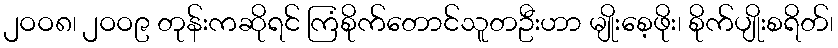
၂ဝဝ၈၊ ၂ဝဝ၉ တုန်းကဆိုရင် ကြံစိုက်တောင်သူတဦးဟာ မျိုးစေ့ဖိုး၊ စိုက်ပျိုးစရိတ်၊